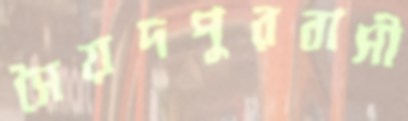
সৈয়দপুরবাসী